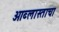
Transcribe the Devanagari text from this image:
ओब्लास्ताचा